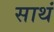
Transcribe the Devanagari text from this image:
साथं